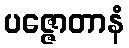
ပဇ္ဇောတာနံ